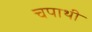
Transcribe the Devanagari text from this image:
चपाथी